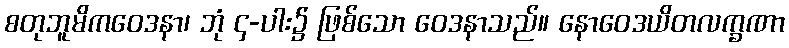
စတုဘူမိကဝေဒနာ၊ ဘုံ ၄-ပါး၌ ဖြစ်သော ဝေဒနာသည်။ နောဝေဒယိတလက္ခဏာ